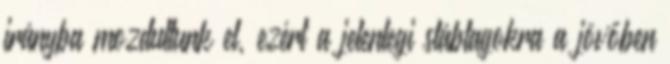
irányba mozdultunk el, ezért a jelenlegi stábtagokra a jövőben